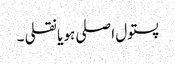
پستول اصلی ہو یا نقلی ۔